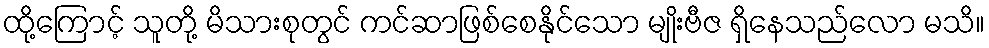
ထို့ကြောင့် သူတို့ မိသားစုတွင် ကင်ဆာဖြစ်စေနိုင်သော မျိုးဗီဇ ရှိနေသည်လော မသိ။